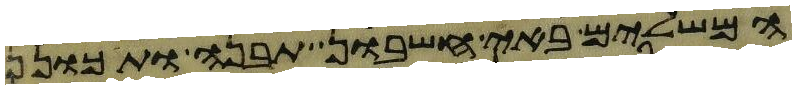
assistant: המשלים באי חשבון תבנה ותתכונן